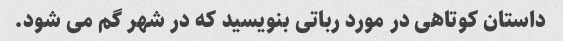
داستان کوتاهی در مورد رباتی بنویسید که در شهر گم می شود.